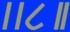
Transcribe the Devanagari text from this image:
।।८॥